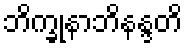
ဘိက္ခုနာဘိနန္ဒတိ